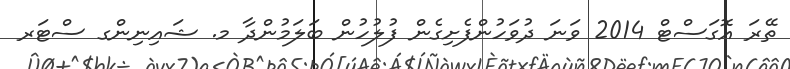
ތޭރަ އޮގަސްޓް 2014 ވަނަ ދުވަހުންފެށިގެން ފުލުހުން ބަލަމުންދާ މ. ޝައިނިންގ ސްޓަރ